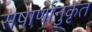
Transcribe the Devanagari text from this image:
सषार्णानुकृत